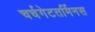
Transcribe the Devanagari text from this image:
चर्चगेटतर्मिनस